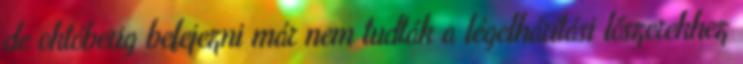
de októberig befejezni már nem tudták a légelhárítási lőszerekhez